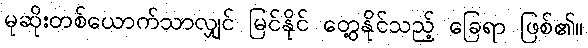
မုဆိုးတစ်ယောက်သာလျှင် မြင်နိုင် တွေ့နိုင်သည့် ခြေရာ ဖြစ်၏။